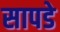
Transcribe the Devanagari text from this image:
सापडे